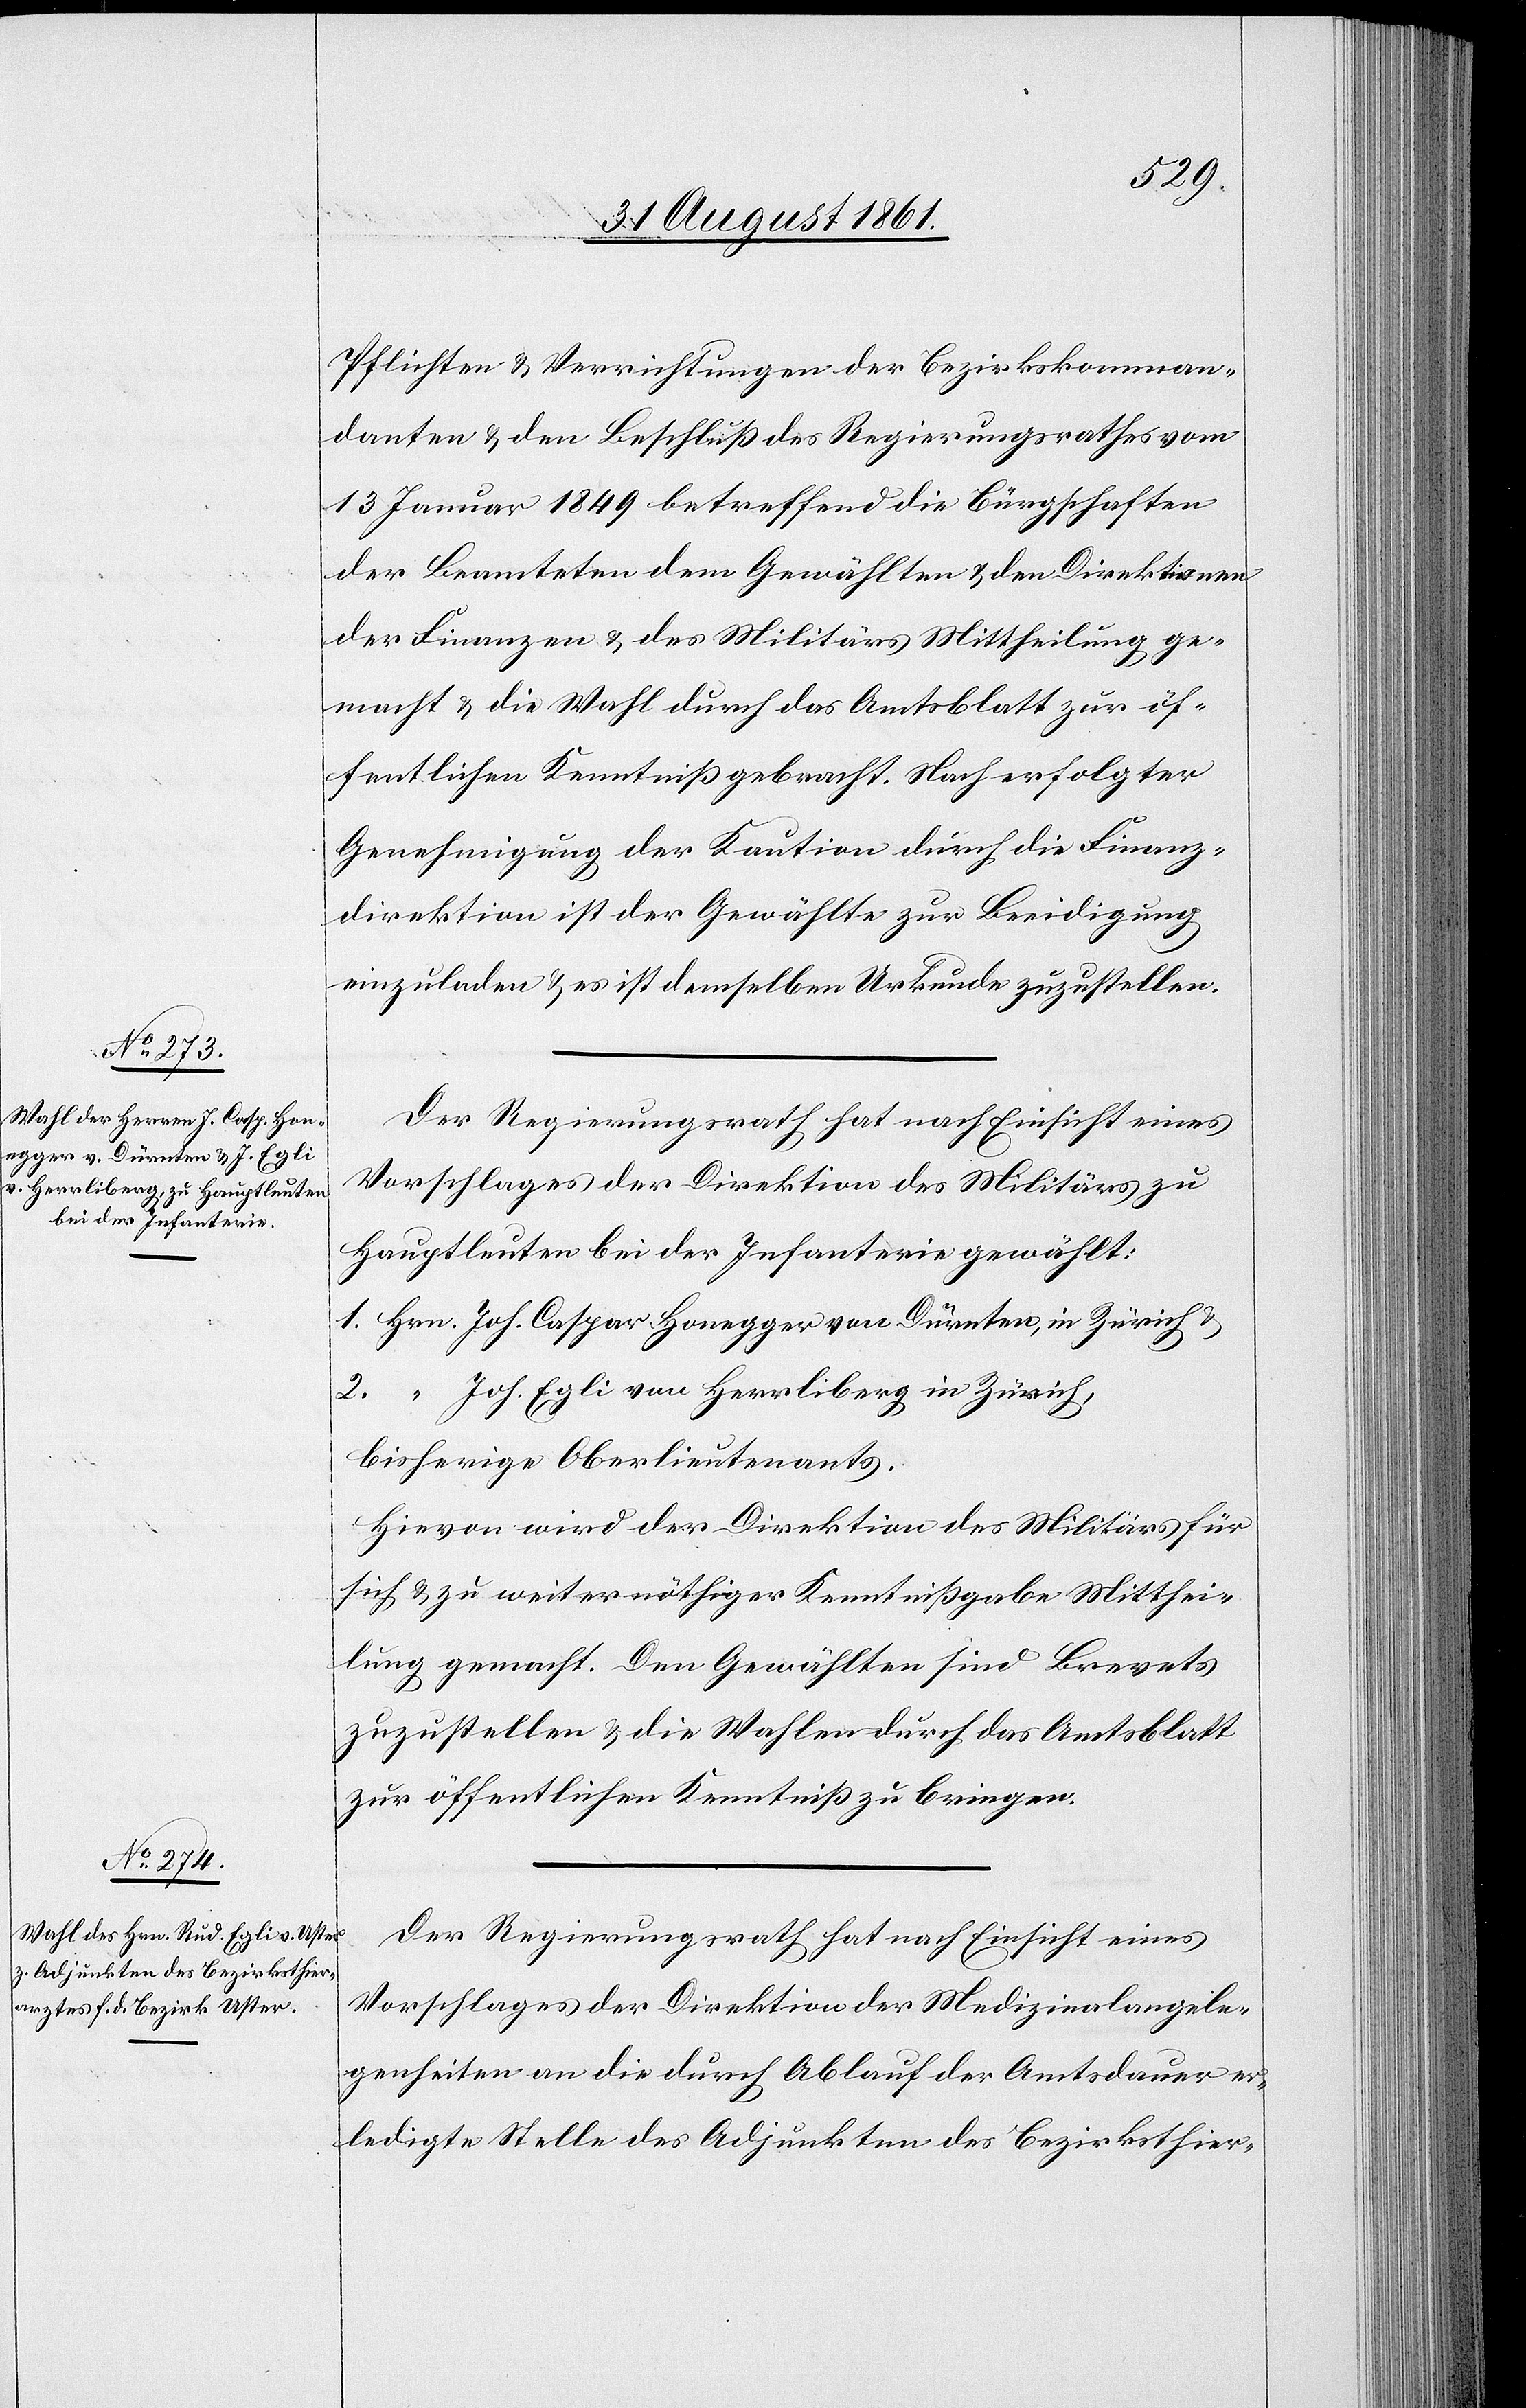
Pflichten u. Verrichtungen der Bezirkskomman¬
danten u. den Beschluß des Regierungsrathes vom
13 Januar 1849 betreffend die Bürgschaften
der Beamteten dem Gewählten u. den Direktionen
der Finanzen u. des Militärs Mittheilung ge¬
macht u. die Wahl durch das Amtsblatt zur öf¬
fentlichen Kenntniß gebracht. Nach erfolgter
Genehmigung der Kaution durch die Finanz¬
direktion ist der Gewählte zur Beeidigung
einzuladen u. es ist demselben Urkunde zuzustellen.
Der Regierungsrath hat nach Einsicht eines
Vorschlages der Direktion des Militärs zu
Hauptleuten bei der Infanterie gewählt:
1. Hrn. Joh. Caspar Honegger von Dürnten, in Zürich u.
2. “ Jos. Egli von Herrliberg in Zürich,
bisherige Oberlieutnants.
Hievon wird der Direktion des Militärs für
sich u. zu weiter nöthiger Kenntnißgabe Mitthei¬
lung gemacht. Den Gewählten sind Brevets
zuzustellen u. die Wahlen durch das Amtsblatt
zur öffentlichen Kenntniß zu bringen.
Der Regierungsrath hat nach Einsicht eines
Vorschlages der Direktion der Medizinalangele¬
genheiten an die durch Ablauf der Amtsdauer er¬
ledigte Stelle des Adjunkten des Bezirksthier-